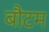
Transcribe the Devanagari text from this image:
बौटम